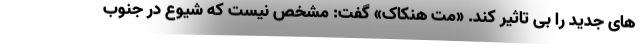
های جدید را بی تاثیر کند. «مت هنکاک» گفت: مشخص نیست که شیوع در جنوب